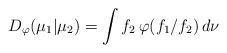
\begin{align*}D_{\varphi}(\mu_1|\mu_2)=\int f_2\,\varphi({f_1}/{f_2})\,d\nu\end{align*}